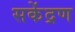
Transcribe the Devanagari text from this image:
सकेंद्रण